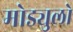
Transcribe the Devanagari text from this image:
मोड्युलो